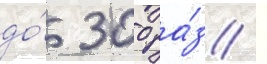
до́ 300 ра́з /